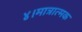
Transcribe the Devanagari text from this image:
४।मात्रात्मक